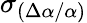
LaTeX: \sigma_{(\Delta\alpha/\alpha)}